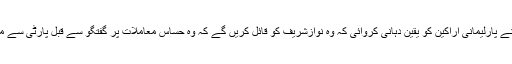
وزیراعلیٰ پنجاب نے پارلیمانی اراکین کو یقین دہانی کروائی کہ وہ نوازشریف کو قائل کریں گے کہ وہ حساس معاملات پر گفتگو سے قبل پارٹی سے مشاورت کیا کریں۔